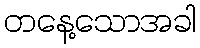
တနေ့သောအခါ